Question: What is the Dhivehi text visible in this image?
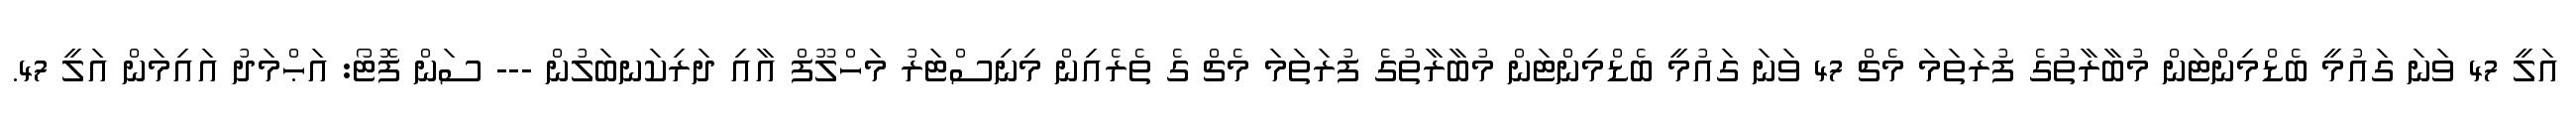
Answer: އަލީ 47 ވަނަ ގައުމީ ބެޑްމިންޓަން މުބާރާތުގެ ފުރަތަމަ މެޗް 47 ވަނަ ގައުމީ ބެޑްމިންޓަން މުބާރާތުގެ ފުރަތަމަ މެޗް ގެ ތެރެއިން މިނިސްޓަރު މަހްލޫފް އާއި ދަރިކަނބަލުން --- ސަން ފޮޓޯ: އަޙްމަދު އައިމަން އަލީ 47.